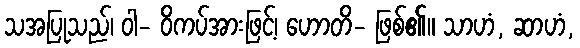
သအပြုသည်၊ ဝါ- ဝိကပ်အားဖြင့်၊ ဟောတိ- ဖြစ်၏။ သာဟံ, ဆာဟံ,